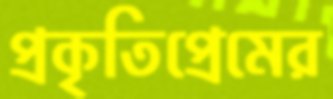
প্রকৃতিপ্রেমের